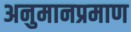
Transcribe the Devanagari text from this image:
अनुमानप्रमाण